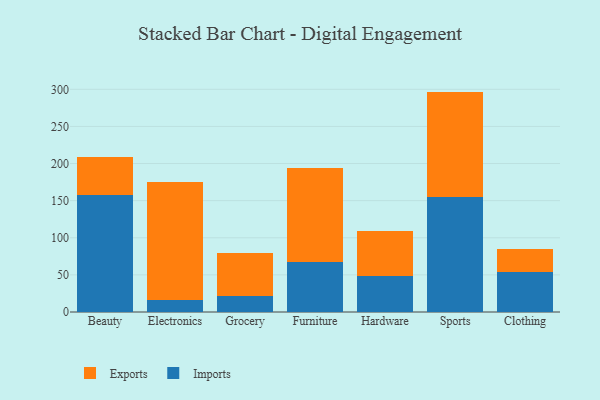
{"axis": {"x": "Category", "y": "Churn Rate (%)"}, "legend": ["Exports", "Imports"], "data": [{"x": "Beauty", "y": 158.0, "type": "Imports"}, {"x": "Beauty", "y": 50.7, "type": "Exports"}, {"x": "Electronics", "y": 16.5, "type": "Imports"}, {"x": "Electronics", "y": 159.0, "type": "Exports"}, {"x": "Grocery", "y": 21.7, "type": "Imports"}, {"x": "Grocery", "y": 58.1, "type": "Exports"}, {"x": "Furniture", "y": 67.7, "type": "Imports"}, {"x": "Furniture", "y": 126.8, "type": "Exports"}, {"x": "Hardware", "y": 48.6, "type": "Imports"}, {"x": "Hardware", "y": 60.9, "type": "Exports"}, {"x": "Sports", "y": 154.6, "type": "Imports"}, {"x": "Sports", "y": 142.3, "type": "Exports"}, {"x": "Clothing", "y": 53.7, "type": "Imports"}, {"x": "Clothing", "y": 30.9, "type": "Exports"}]}